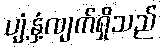
ပျံ့နှံ့လျက်ရှိသည်